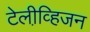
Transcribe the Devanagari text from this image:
टेलीव्हि़जन